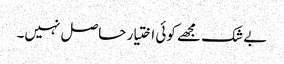
بے شک مجھے کوئی اختیار حاصل نہیں۔